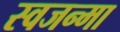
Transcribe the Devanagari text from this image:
स्वजन्मा